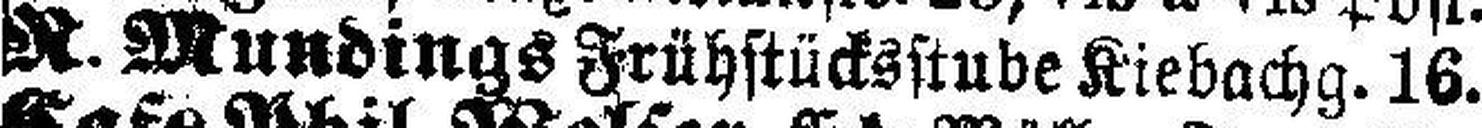
N. Mundings Frühstücksstube Kiebachg. 16.